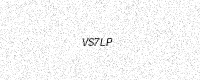
Text: VS7LP